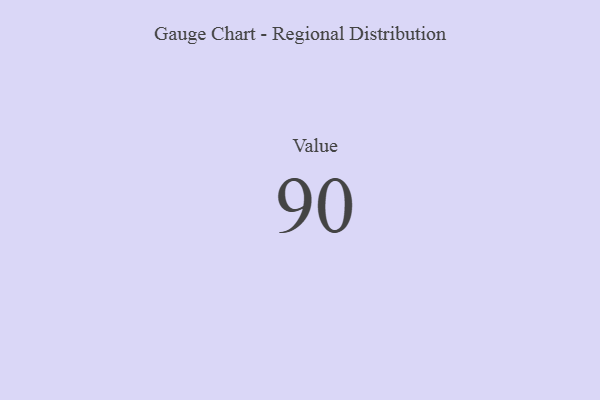
{"axis": {"x": "Metric", "y": "Value"}, "legend": [""], "data": [{"x": "Value", "y": 90, "type": ""}]}